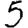
Digit: 5